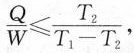
$$\frac { Q } { W } ≤ \frac { T _ { 2 } } { T _ { 1 } - T _ { 2 } }$$ ，